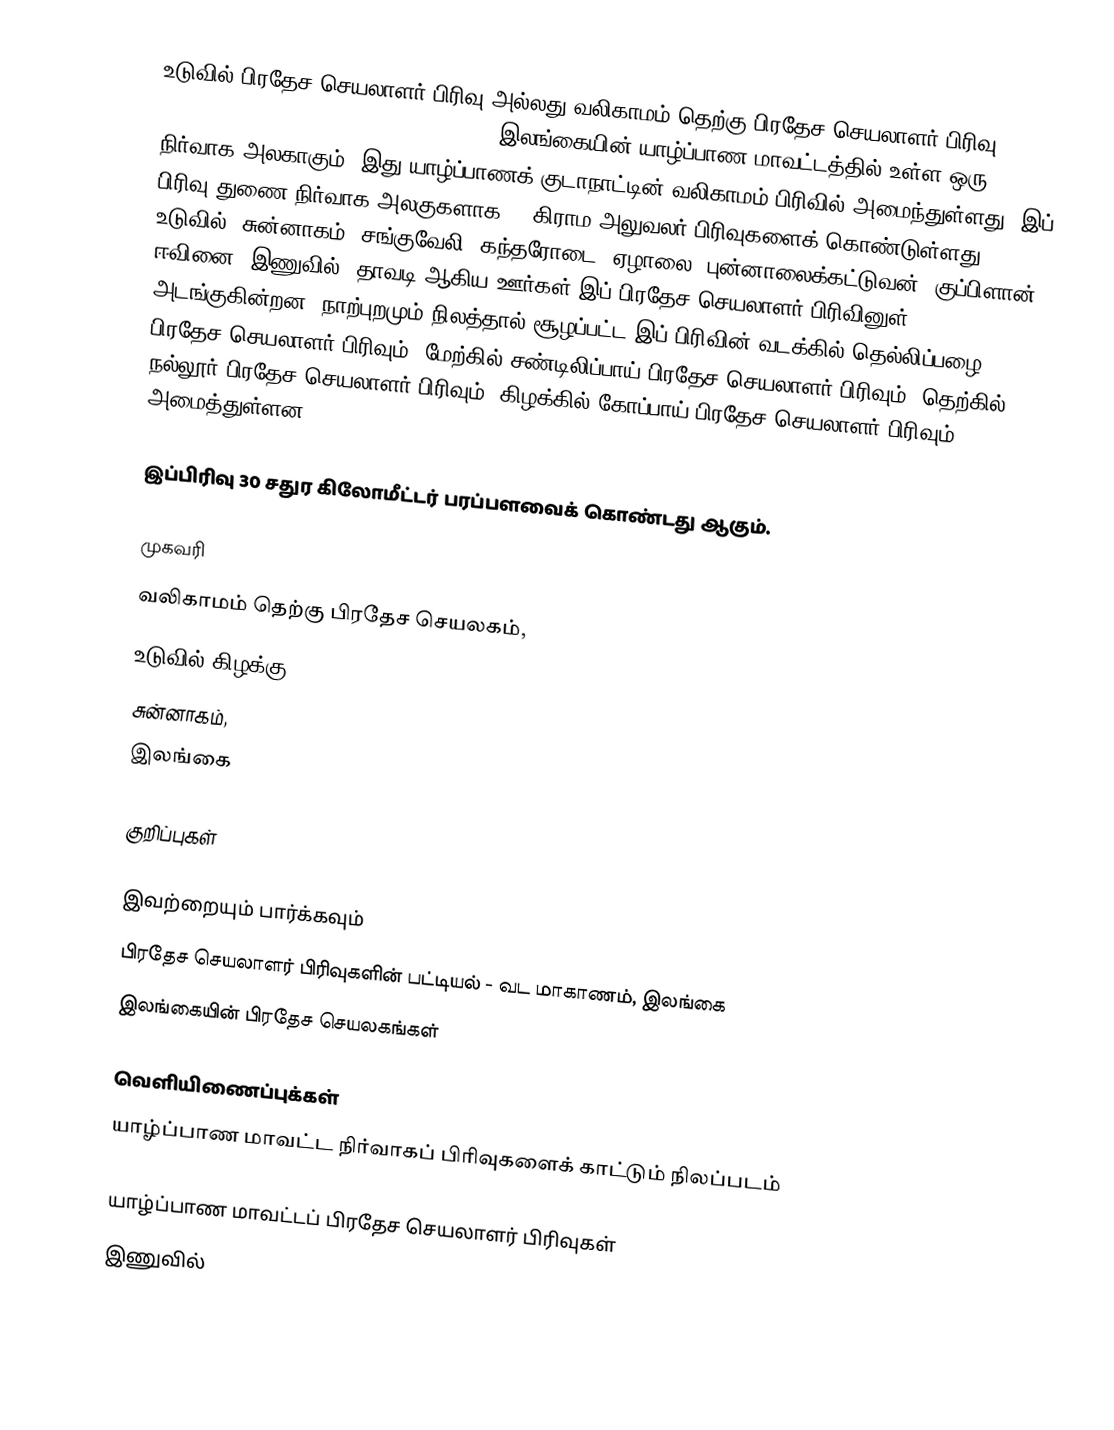
உடுவில் பிரதேச செயலாளர் பிரிவு அல்லது வலிகாமம் தெற்கு பிரதேச செயலாளர் பிரிவு (Valikamam South Divisional Secretariat) இலங்கையின் யாழ்ப்பாண மாவட்டத்தில் உள்ள ஒரு நிர்வாக அலகாகும். இது யாழ்ப்பாணக் குடாநாட்டின் வலிகாமம் பிரிவில் அமைந்துள்ளது. இப் பிரிவு துணை நிர்வாக அலகுகளாக 30 கிராம அலுவலர் பிரிவுகளைக் கொண்டுள்ளது.  உடுவில், சுன்னாகம், சங்குவேலி, கந்தரோடை, ஏழாலை, புன்னாலைக்கட்டுவன், குப்பிளான், ஈவினை, இணுவில், தாவடி ஆகிய ஊர்கள் இப் பிரதேச செயலாளர் பிரிவினுள் அடங்குகின்றன. நாற்புறமும் நிலத்தால் சூழப்பட்ட இப் பிரிவின் வடக்கில் தெல்லிப்பழை பிரதேச செயலாளர் பிரிவும், மேற்கில் சண்டிலிப்பாய் பிரதேச செயலாளர் பிரிவும், தெற்கில் நல்லூர் பிரதேச செயலாளர் பிரிவும், கிழக்கில் கோப்பாய் பிரதேச செயலாளர் பிரிவும் அமைத்துள்ளன.

இப்பிரிவு 30 சதுர கிலோமீட்டர் பரப்பளவைக் கொண்டது ஆகும்.

முகவரி
வலிகாமம் தெற்கு பிரதேச செயலகம்,
உடுவில் கிழக்கு,
சுன்னாகம்,
இலங்கை

குறிப்புகள்

இவற்றையும் பார்க்கவும்
 பிரதேச செயலாளர் பிரிவுகளின் பட்டியல் - வட மாகாணம், இலங்கை
 இலங்கையின் பிரதேச செயலகங்கள்

வெளியிணைப்புக்கள்
 யாழ்ப்பாண மாவட்ட நிர்வாகப் பிரிவுகளைக் காட்டும் நிலப்படம்

யாழ்ப்பாண மாவட்டப் பிரதேச செயலாளர் பிரிவுகள்
இணுவில்